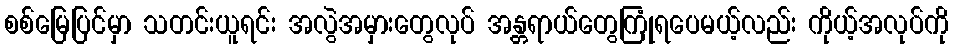
စစ်မြေပြင်မှာ သတင်းယူရင်း အလွဲအမှားတွေလုပ် အန္တရာယ်တွေကြုံရပေမယ့်လည်း ကိုယ့်အလုပ်ကို